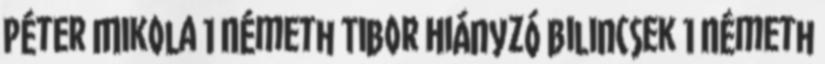
Péter Mikola 1 Németh Tibor Hiányzó bilincsek 1 Németh